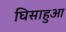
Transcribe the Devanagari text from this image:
घिसाहुआ